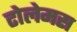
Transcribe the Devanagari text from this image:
टोलेमस